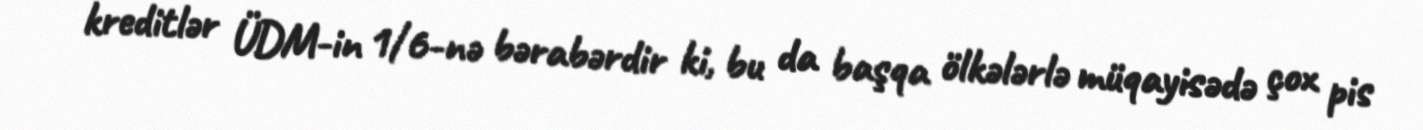
kreditlər ÜDM-in 1/6-nə bərabərdir ki, bu da başqa ölkələrlə müqayisədə çox pis